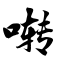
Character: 啭